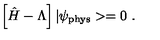
\left[ \hat { H } - \Lambda \right] | \psi _ { \mathrm { p h y s } } > = 0 \ .